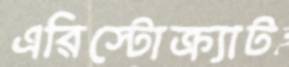
এরিস্টোক্র্যাট